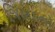
જિહાદનો